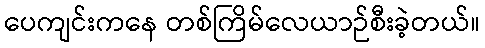
ပေကျင်းကနေ တစ်ကြိမ်လေယာဉ်စီးခဲ့တယ်။